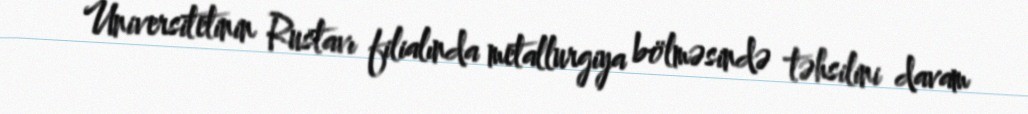
Universitetinin Rustavı filialında metallurgiya bölməsində təhsilini davam